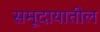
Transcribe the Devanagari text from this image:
समूदायातील